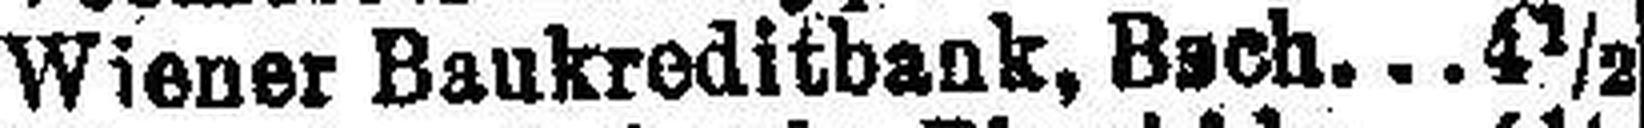
Wiener Baukreditbank, Bsch 4½